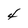
Character: 4